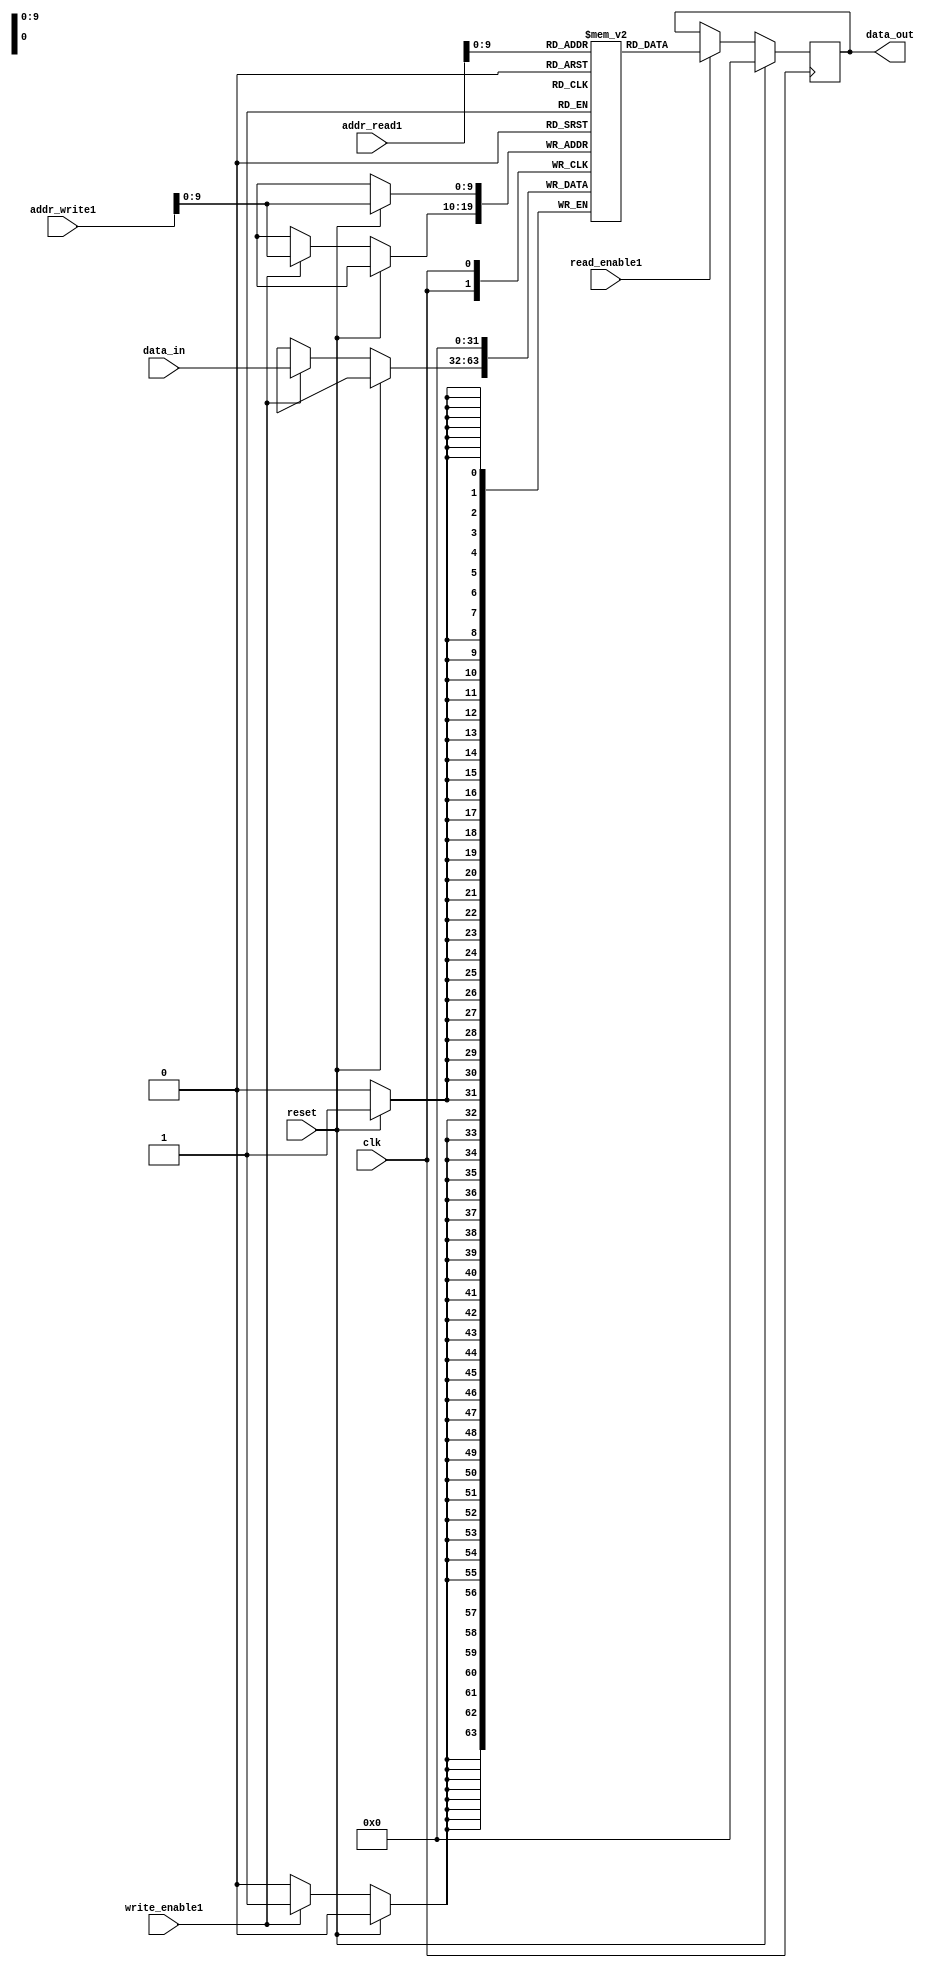
module DualPortRAM (
    input clk,
    input reset,
    input [31:0] addr_read1,
    input [31:0] addr_write1,
    input [31:0] data_in,
    output reg [31:0] data_out,
    input read_enable1,
    input write_enable1
);

reg [31:0] mem [0:1023];

always @(posedge clk) begin
    if (reset) begin
        data_out <= 32'b0;
    end else if (read_enable1) begin
        data_out <= mem[addr_read1];
    end
end

always @(posedge clk) begin
    if (reset) begin
        mem[addr_write1] <= 32'b0;
    end else if (write_enable1) begin
        mem[addr_write1] <= data_in;
    end
end

endmodule